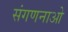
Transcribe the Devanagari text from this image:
संगणनाओ